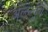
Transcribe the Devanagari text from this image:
अल्ल्स्बुर्ग